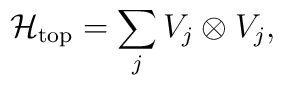
{\cal H}_{\rm top} = \sum_j V_j \otimes V_j,